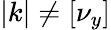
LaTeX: |k|\neq[\nu_{y}]